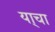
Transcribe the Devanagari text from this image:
या्चा